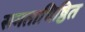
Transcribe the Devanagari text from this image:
समताधिष्ठित